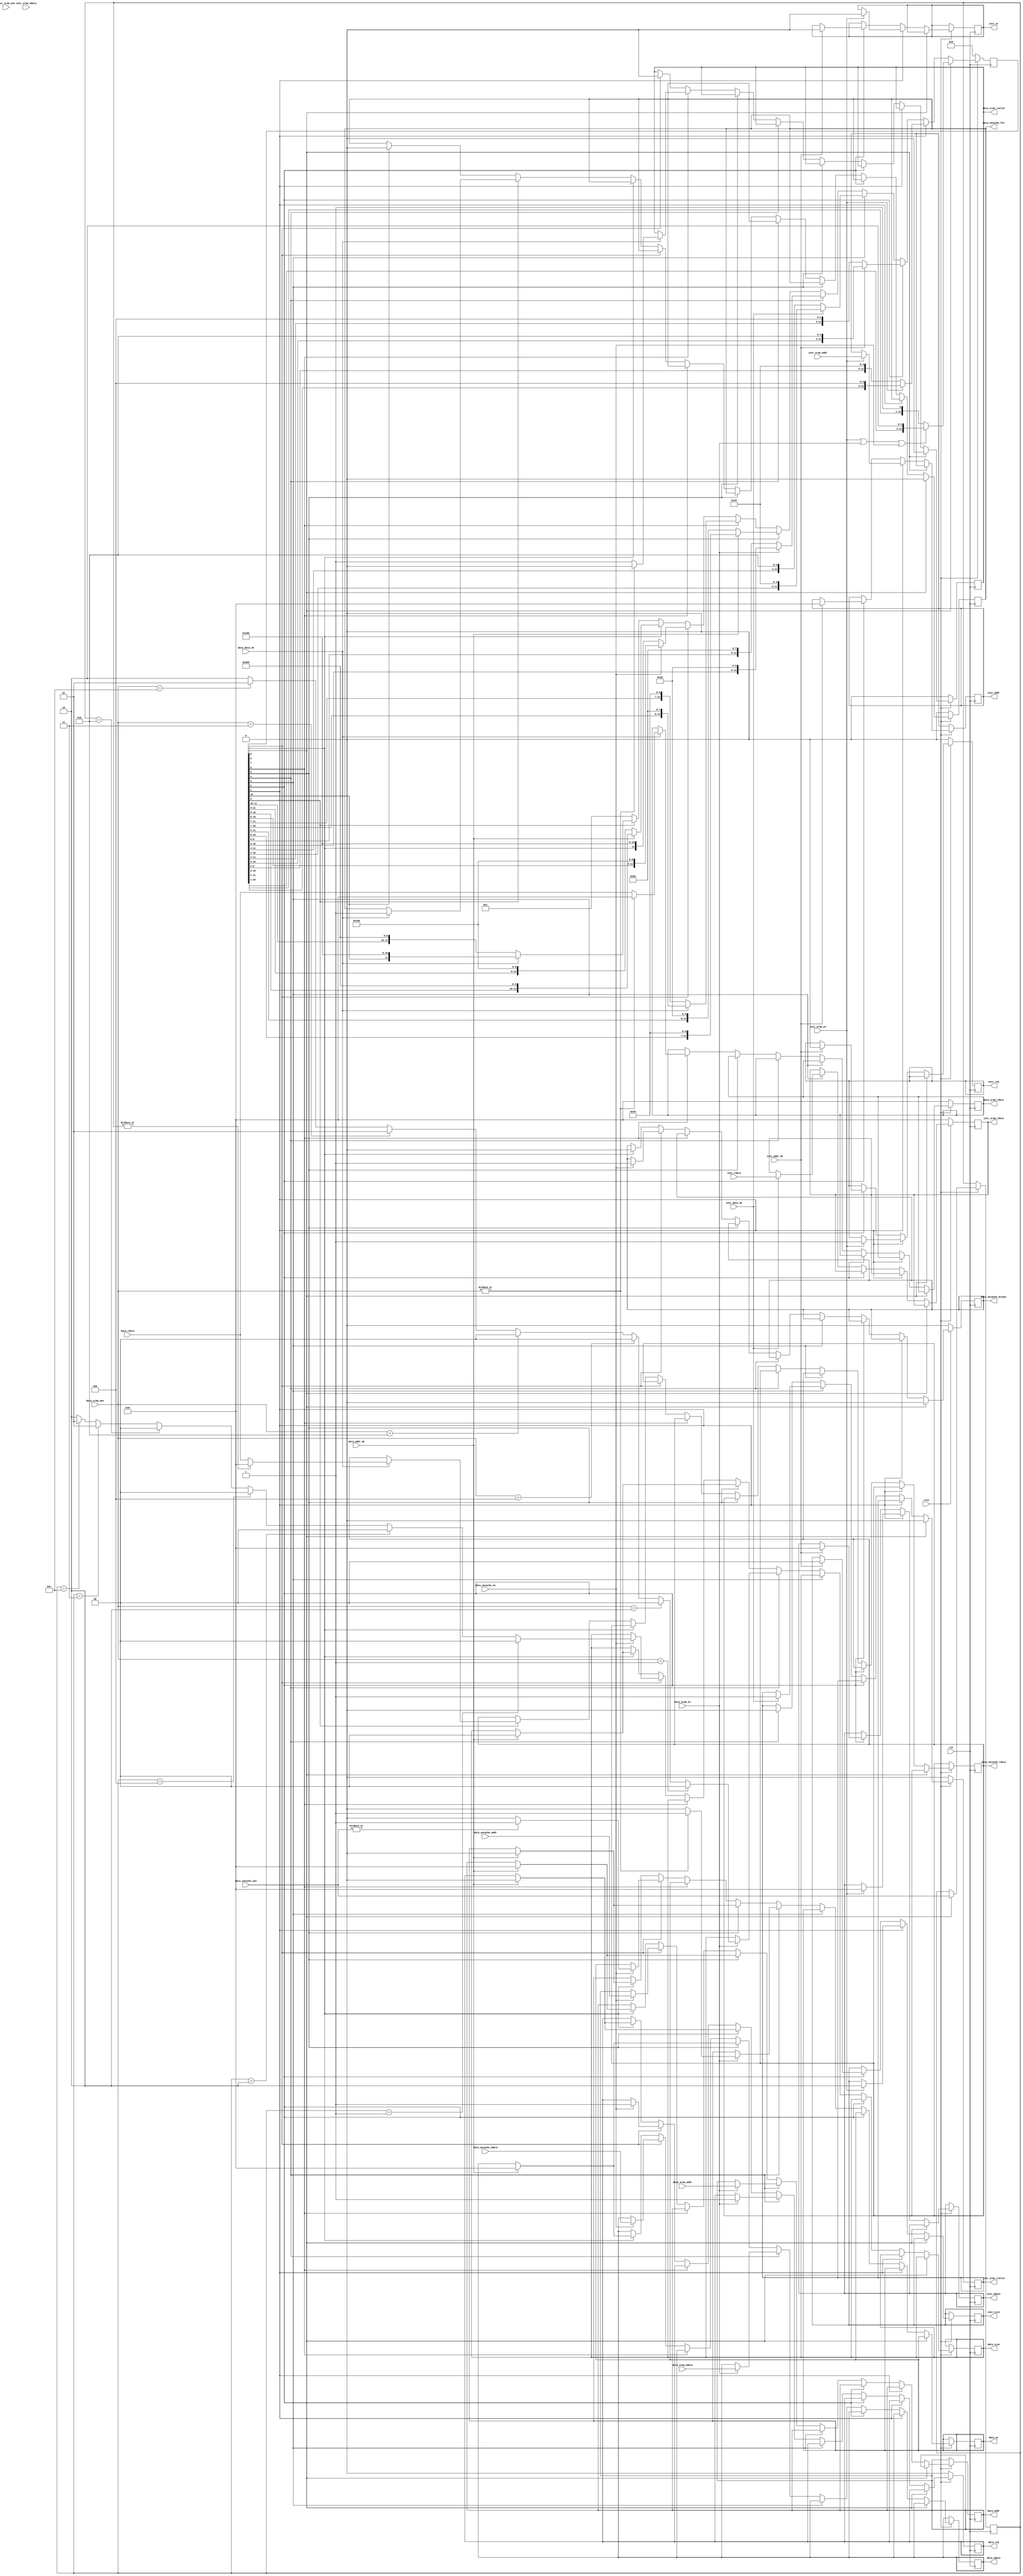
module control(
    input wire clk,
    input wire rstn,

    input wire inst_sram_en,
    input wire [3:0] inst_sram_wen,
    input wire [31:0] inst_sram_addr,
    input wire [31:0] inst_sram_wdata,
    output reg [31:0] inst_sram_rdata,
    output reg inst_sram_rvalid,

    input wire data_sram_en,
    input wire [3:0] data_sram_wen,
    input wire [31:0] data_sram_addr,
    input wire [31:0] data_sram_wdata,
    output reg [31:0] data_sram_rdata,
    output reg data_sram_rvalid,

    input wire data_uncache_en,
    output reg data_uncache_accept,
    input wire [3:0] data_uncache_wen,
    input wire [31:0] data_uncache_addr,
    input wire [31:0] data_uncache_wdata,
    output reg [31:0] data_uncache_rdata,
    output reg data_uncache_fin,

    output         reg inst_req     ,
    output         reg inst_wr      ,
    output reg [1 :0]  inst_size    ,
    output reg [31:0] inst_addr    ,
    output reg [31:0] inst_wdata   ,
    input   [31:0] inst_rdata   ,
    input          inst_addr_ok ,
    input          inst_data_ok ,

    output         reg data_req     ,
    output         reg data_wr      ,
    output reg [1 :0] data_size    ,
    output reg [31:0] data_addr    ,
    output reg [31:0] data_wdata   ,
    input   [31:0] data_rdata   ,
    input          data_addr_ok ,
    input          data_data_ok 
);

    wire [1:0] data_size_temp;
    assign data_size_temp = data_sram_wen == 4'b0001 ? 2'b00
                          : data_sram_wen == 4'b0010 ? 2'b00
                          : data_sram_wen == 4'b0100 ? 2'b00
                          : data_sram_wen == 4'b1000 ? 2'b00
                          : data_sram_wen == 4'b0011 ? 2'b01
                          : data_sram_wen == 4'b1100 ? 2'b01
                          : data_sram_wen == 4'b1111 ? 2'b10
                          : 2'b10;

    wire [1:0] data_size_temp2;
    reg [3:0] data_uncache_wen_buffer;
    assign data_size_temp2 = data_uncache_wen_buffer == 4'b0001 ? 2'b00
                          : data_uncache_wen_buffer == 4'b0010 ? 2'b00
                          : data_uncache_wen_buffer == 4'b0100 ? 2'b00
                          : data_uncache_wen_buffer == 4'b1000 ? 2'b00
                          : data_uncache_wen_buffer == 4'b0011 ? 2'b01
                          : data_uncache_wen_buffer == 4'b1100 ? 2'b01
                          : data_uncache_wen_buffer == 4'b1111 ? 2'b10
                          : 2'b10;
    reg [11:0] stage;
    always @ (posedge clk) begin
        if (!rstn) begin
            // stallreq <= 1'b0;
            inst_sram_rdata <= 32'b0;
            data_sram_rdata <= 32'b0;
            inst_req <= 1'b0;
            data_req <= 1'b0;
            stage <= 12'b0;
            inst_sram_rvalid <= 1'b0;
            data_sram_rvalid <= 1'b0;
            data_uncache_accept <= 1'b0;
            data_uncache_fin <= 1'b0;
        end
        else begin
            case(1'b1)
                stage[0]:begin // stallreq
                    // stallreq <= 1'b1;
                    inst_sram_rvalid <= 1'b0;
                    data_sram_rvalid <= 1'b0;
                    data_uncache_accept <= 1'b0;
                    data_uncache_fin <= 1'b0;
                    data_uncache_wen_buffer <= data_uncache_wen;
                    if (inst_sram_en|data_sram_en|data_uncache_en) begin
                        stage <= stage << 1;    
                    end
                end
                stage[1]:begin
                    if (inst_sram_en) begin
                        inst_req <= 1'b1;
                        inst_wr <= 1'b0;
                        inst_size <= 2'b10;
                        inst_addr <= inst_sram_addr;
                        inst_wdata <= 32'b0;
                        stage <= stage << 1;
                    end
                    else begin
                        stage <= stage << 3;
                    end
                end
                stage[2]:begin
                    if (inst_addr_ok) begin
                        inst_req <= 1'b0;
                        inst_wr <= 1'b0;
                        inst_size <= 2'b00;
                        inst_addr <= 32'b0;
                        inst_wdata <= 32'b0;
                        stage <= stage << 1;
                    end
                end
                stage[3]:begin
                    if (inst_data_ok) begin
                        inst_sram_rdata <= inst_rdata;
                        inst_sram_rvalid <= 1'b1;
                        // stallreq <= 1'b0;
                        stage <= stage << 1;
                    end
                end
                stage[4]:begin
                    inst_sram_rvalid <= 1'b0;
                    if (data_sram_en) begin
                        data_req <= 1'b1;
                        data_wr <= |data_sram_wen ? 1'b1 : 1'b0;
                        data_size <= data_size_temp;
                        data_addr <= data_sram_addr;
                        data_wdata <= data_sram_wdata;
                        stage <= stage << 1;
                    end
                    else begin
                        stage <= stage << 3;
                    end
                end
                stage[5]:begin
                    if (data_addr_ok) begin
                        data_req <= 1'b0;
                        data_wr <= 1'b0;
                        data_size <= 2'b00;
                        data_addr <= 32'b0;
                        data_wdata <= 32'b0;
                        stage <= stage << 1;
                    end
                end
                stage[6]:begin
                    if (data_data_ok) begin
                        data_sram_rdata <= |data_sram_wen ? 32'b0 : data_rdata;
                        data_sram_rvalid <= |data_sram_wen ? 1'b0 : 1'b1;
                        stage <= stage << 1;
                    end
                end
                stage[7]:begin
                    data_sram_rvalid <= 1'b0;
                    if (data_uncache_en) begin
                        data_req <= 1'b1;
                        data_wr <= |data_uncache_wen ? 1'b1 : 1'b0;
                        data_size <= data_size_temp2;
                        data_addr <= data_uncache_addr;
                        data_wdata <= data_uncache_wdata;
                        data_uncache_accept <= 1'b1;
                        stage <= stage << 1;
                    end
                    else begin
                        stage <= stage << 3;
                    end
                end
                stage[8]:begin
                    data_uncache_accept <= 1'b0;
                    if (data_addr_ok) begin
                        data_req <= 1'b0;
                        data_wr <= 1'b0;
                        data_size <= 2'b00;
                        data_addr <= 32'b0;
                        data_wdata <= 32'b0;
                        stage <= stage << 1;
                    end
                end
                stage[9]:begin
                    if (data_data_ok) begin
                        data_uncache_rdata <= |data_uncache_wen_buffer ? 32'b0 : data_rdata;
                        data_uncache_fin <= 1'b1;
                        stage <= stage << 1;
                    end
                end
                stage[10]:begin
                    data_uncache_fin <= 1'b0;
                    stage <= 12'b1;
                end
                default:begin
                    stage <= 12'b1;
                    // stallreq <= 1'b1;
                end
            endcase
        end
    end



endmodule